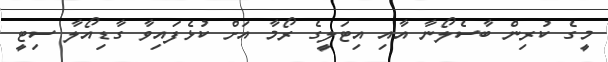
މީގެ ކުރިން ބާސެލޯނާ އާއި އިޓަލީގެ ރޯމާ އަށް ކުޅެފައިވާ ގާޑިއޯލާ ސިޓީ